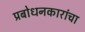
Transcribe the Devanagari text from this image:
प्रबोधनकारांचा